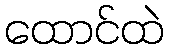
ထောင်ထဲ